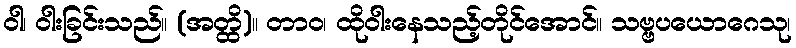
ဝါ၊ ဝါးခြင်းသည်။ (အတ္ထိ)။ တာဝ၊ ထိုဝါးနေသည့်တိုင်အောင်။ သဗ္ဗပယောဂေသု၊